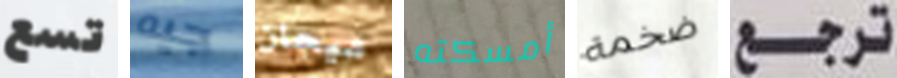
تسع جيه ميجان أمسكته ضخمة ترجع